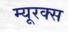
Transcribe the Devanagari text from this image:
म्यूरक्स